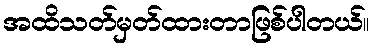
အထိသတ်မှတ်ထားတာဖြစ်ပါတယ်။